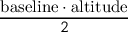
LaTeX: \frac { { \mathrm { b a s e l i n e } } \cdot { \mathrm { a l t i t u d e } } } { 2 }